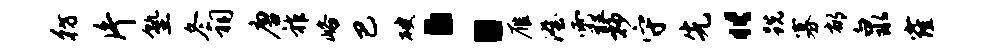
彷片塾冬祠唐祚峪巴破：雁澄霾抄守先“跣寡郁泉窿